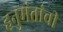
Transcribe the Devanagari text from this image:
हनुमंतांची